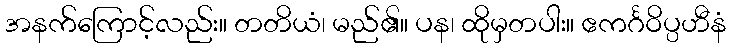
အနက်ကြောင့်လည်း။ တတိယံ၊ မည်၏။ ပန၊ ထိုမှတပါး။ ဧကင်္ဂဝိပ္ပဟီနံ